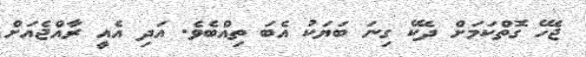
ޖެހޭ ގޮތްކަމަށް ދެކޭ ގިނަ ބަޔަކު އެބަ ތިއްބެވެ. އަދި އެއީ ރާއްޖެއަށް